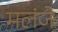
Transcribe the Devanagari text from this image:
मलंजे